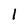
Character: 1